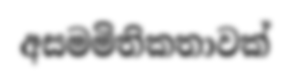
අසමමිතිකතාවක්